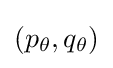
{\textstyle (p_{\theta },q_{\theta })}